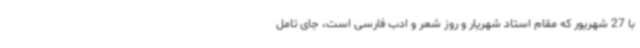
با 27 شهریور که مقام استاد شهریار و روز شعر و ادب فارسی است، جای تامل